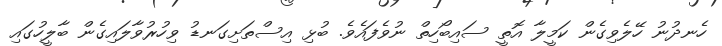
ހެނދުނު ހޭލެވިގެން ކަމީލާ އޮތީ ސައިބޯހިތް ނުވެފައެވެ. ބުޅި އިސްތަށިގަނޑު ވިހުރުވާލައިގެން ބާލީހުގައި